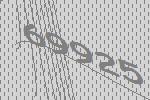
69925